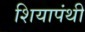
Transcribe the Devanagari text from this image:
शियापंथी